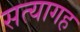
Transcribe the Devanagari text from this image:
सत्यागह